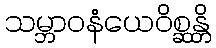
သမ္ဘာဝနံယေဝိစ္ဆန္တိ